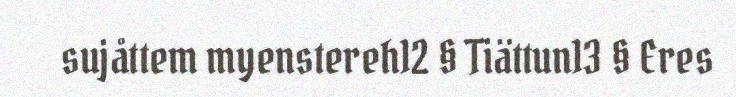
sujåttem myenstereh12 § Tiättun13 § Eres